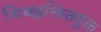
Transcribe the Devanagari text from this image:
चिच्छक्तितयुक्त